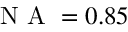
\mathrm { ~ N ~ A ~ } = 0 . 8 5